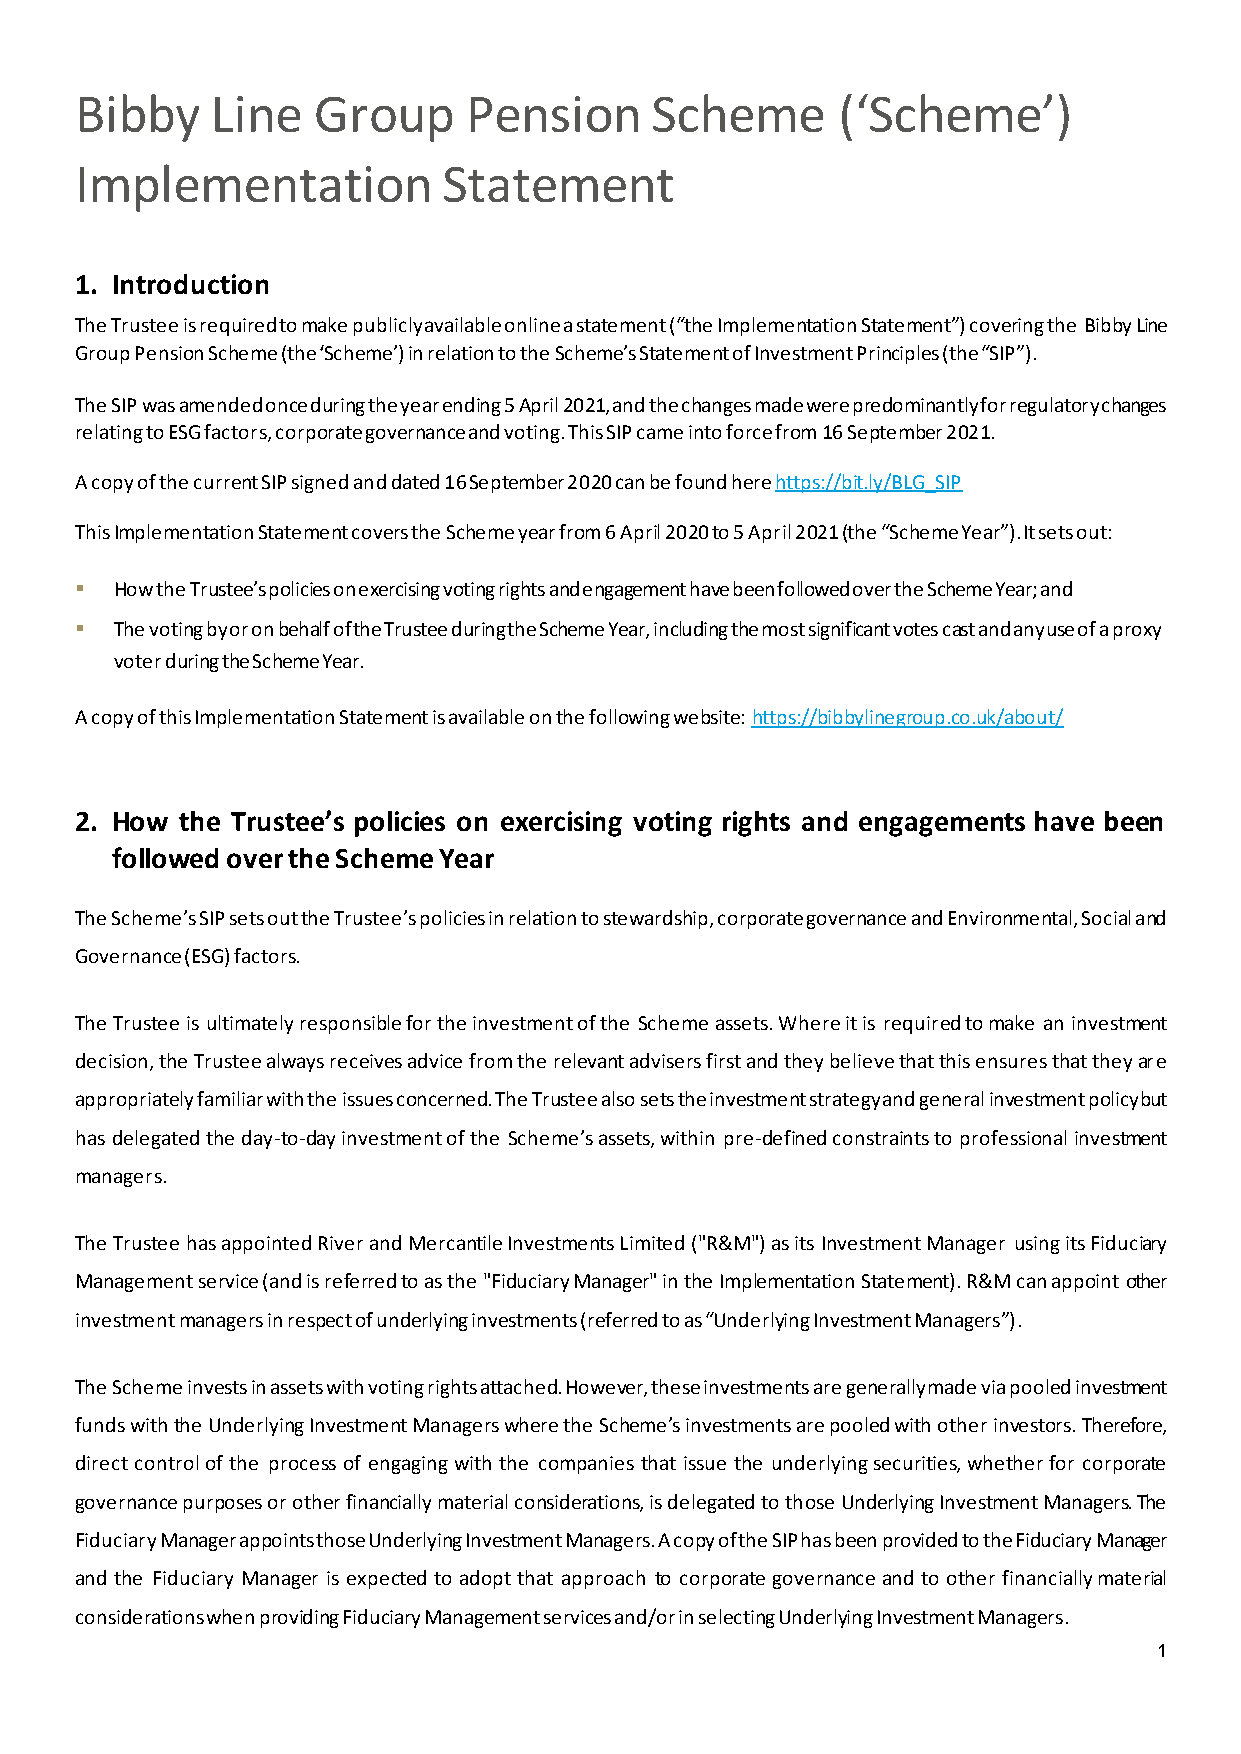
Bibby    Line   Group     Pension     Scheme      (‘Scheme’)
 Implementation          Statement
 1. Introduction
 The Trustee is required to make publicly available online a statement (“the Implementation Statement”) covering the Bibby Line
 Group Pension Scheme (the ‘Scheme’) in relation to the Scheme’s Statement of Investment Principles (the “SIP”).
 The SIP was amended once during the year ending 5 April 2021, and the changes made were predominantly for regulatory changes
 relating to ESG factors, corporate governance and voting. This SIP came into force from 16 September 2021.
 A copy of the current SIP signed and dated 16 September 2020 can be found here https://bit.ly/BLG_SIP
 This Implementation Statement covers the Scheme year from 6 April 2020 to 5 April 2021 (the “Scheme Year”). It sets out:
 ▪  How the Trustee’s policies on exercising voting rights and engagement have been followed over the Scheme Year; and
 ▪  The voting by or on behalf of the Trustee during the Scheme Year, including the most significant votes cast and any use of a proxy
 voter during the Scheme Year.
 A copy of this Implementation Statement is available on the following website: https://bibbylinegroup.co.uk/about/
 2. How the Trustee’s policies on exercising voting rights and engagements have been
 followed over the Scheme Year
 The Scheme’s SIP sets out the Trustee’s policies in relation to stewardship, corporate governance and Environmental, Social and
 Governance (ESG) factors.
 The Trustee is ultimately responsible for the investment of the Scheme assets. Where it is required to make an investment
 decision, the Trustee always receives advice from the relevant advisers first and they believe that this ensures that they are
 appropriately familiar with the issues concerned. The Trustee also sets the investment strategy and general investment policy but
 has delegated the day-to-day investment of the Scheme’s assets, within pre-defined constraints to professional investment
 managers.
 The Trustee has appointed River and Mercantile Investments Limited ("R&M") as its Investment Manager using its Fiduciary
 Management service (and is referred to as the "Fiduciary Manager" in the Implementation Statement). R&M can appoint other
 investment managers in respect of underlying investments (referred to as “Underlying Investment Managers”).
 The Scheme invests in assets with voting rights attached. However, these investments are generally made via pooled investment
 funds with the Underlying Investment Managers where the Scheme’s investments are pooled with other investors. Therefore,
 direct control of the process of engaging with the companies that issue the underlying securities, whether for corporate
 governance purposes or other financially material considerations, is delegated to those Underlying Investment Managers. The
 Fiduciary Manager appoints those Underlying Investment Managers. A copy of the SIP has been provided to the Fiduciary Manager
 and the Fiduciary Manager is expected to adopt that approach to corporate governance and to other financially material
 considerations when providing Fiduciary Management services and/or in selecting Underlying Investment Managers.
 1